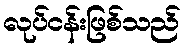
လုပ်ငန်းဖြစ်သည်